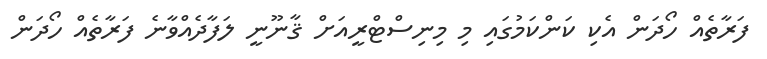
ފަރާތެއް ހޯދަން އެކި ކަންކަމުގައި މި މިނިސްޓްރީއަށް ޤާނޫނީ ލަފާދެއްވާނެ ފަރާތެއް ހޯދަން